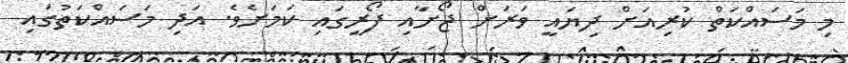
މި މަސައްކަތް ކުރިއަށް ދިޔައީ ވަރަށް ޖޯށާއި ފޯރީގައި ކަމަށެވެ. އަދި މަސައްކަތުގައި